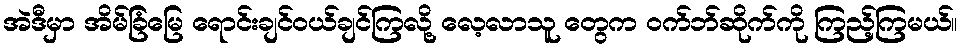
အဲဒီမှာ အိမ်ခြံမြေ ရောင်းချင်ဝယ်ချင်ကြလို့ လေ့လာသူ တွေက ဝက်ဘ်ဆိုက်ကို ကြည့်ကြမယ်။